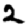
Digit: 2